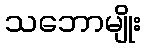
သဘောမျိုး